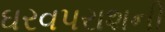
ઘરવપરાશની